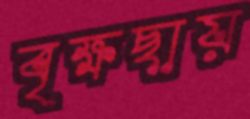
বৃক্ষছায়